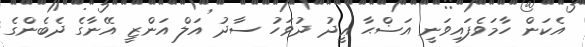
އެކަން ހާމަވެފައިވަނީ އަޟްޙާ ޢީދު ދުވަހު ސާދު އަލް އަންޒީ އޭނާގެ ދެބެންގެ